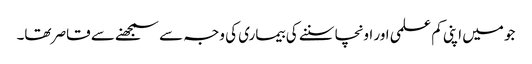
جو میں اپنی کم علمی اور اونچا سننے کی بیماری کی وجہ سے سمجھنے سے قاصر تھا۔